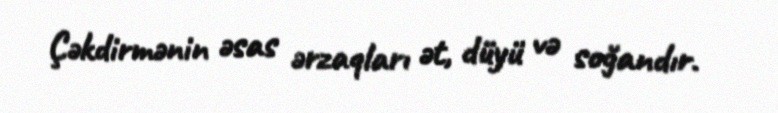
Çəkdirmənin əsas ərzaqları ət, düyü və soğandır.